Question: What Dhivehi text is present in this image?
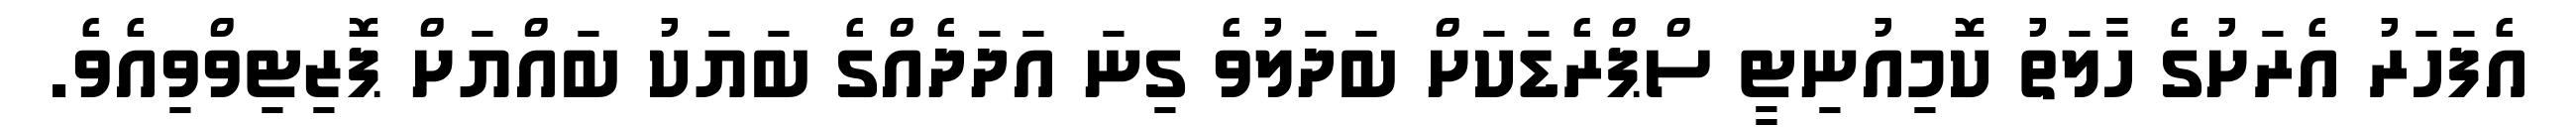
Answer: އެފަހަރު އެރަށުގެ ހާލަތު ކޮމިއުނިޓީ ސްޕްރެޑަކަށް ބަދަލުވެ ގިނަ އަދަދެއްގެ ބަޔަކު ބައްޔަށް ޕޮޒިޓިވްވިއެވެ.